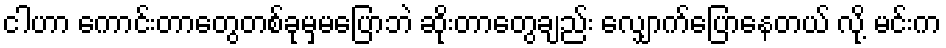
ငါဟာ ကောင်းတာတွေတစ်ခုမှမပြောဘဲ ဆိုးတာတွေချည်း လျှောက်ပြောနေတယ် လို့ မင်းက